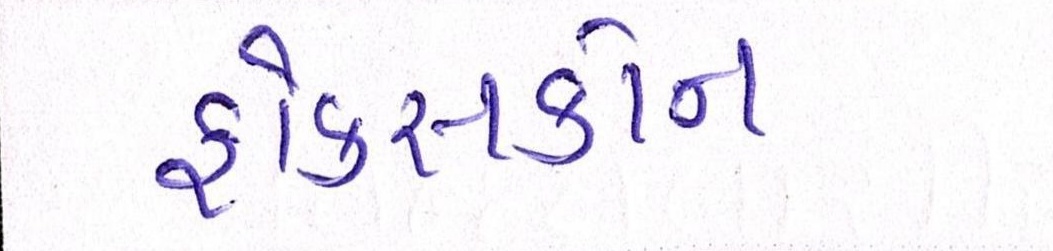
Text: ફોક્સકોન